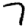
Digit: 7